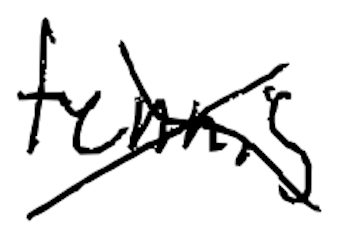
Text: tennis
Cross-out: cross
Writing tool: digital_black